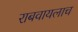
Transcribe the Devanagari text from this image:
राबवायलाच